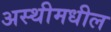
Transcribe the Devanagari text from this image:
अस्थीमधील